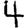
Digit: 4